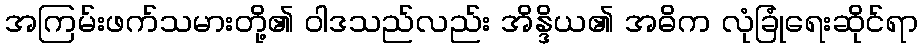
အကြမ်းဖက်သမားတို့၏ ဝါဒသည်လည်း အိန္ဒိယ၏ အဓိက လုံခြုံရေးဆိုင်ရာ